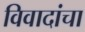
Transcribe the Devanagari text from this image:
विवादांचा